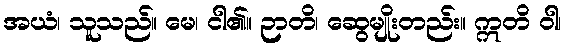
အယံ၊ သူသည်။ မေ၊ ငါ၏။ ဉာတိ၊ ဆွေမျိုးတည်း။ ဣတိ ဝါ၊